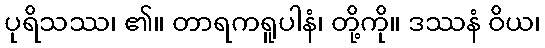
ပုရိသဿ၊ ၏။ တာရကရူပါနံ၊ တို့ကို။ ဒဿနံ ဝိယ၊